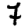
Digit: 7